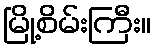
မြို့စိမ်းကြီး။